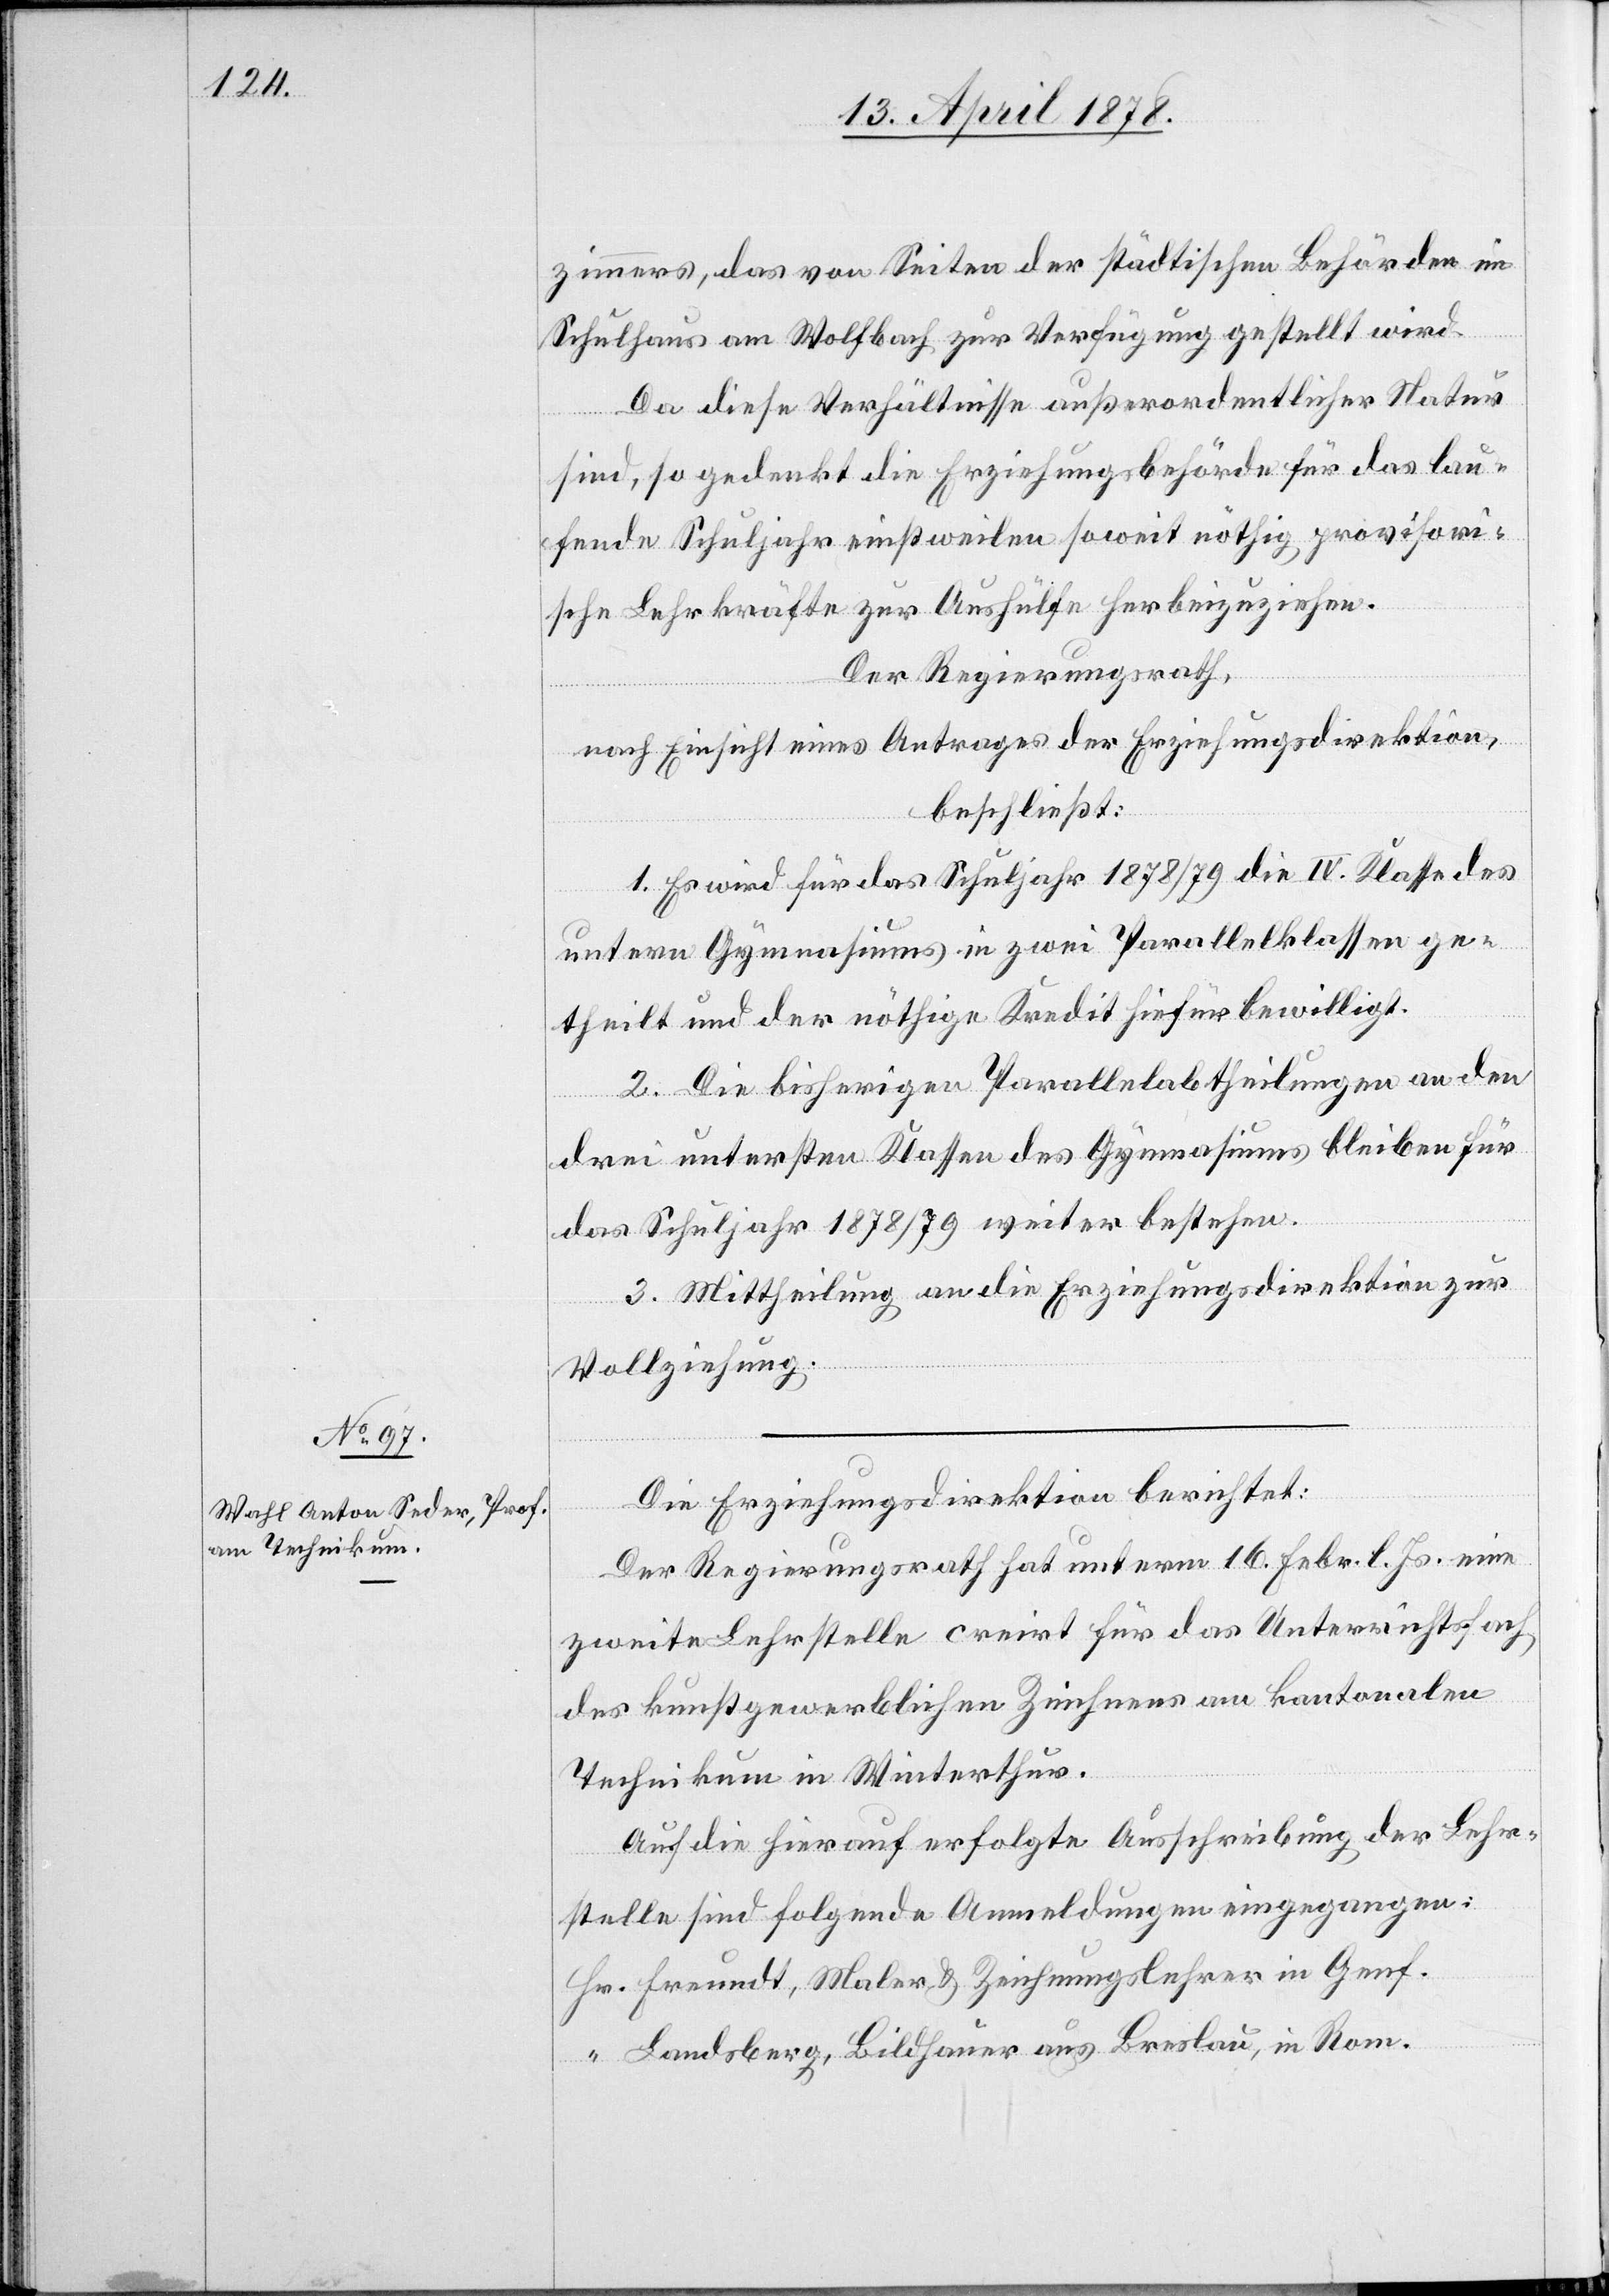
zimmers, das von Seiten der städtischen Behörden im
Schulhaus am Wolfbach zur Verfügung gestellt wird.
Da diese Verhältnisse außerordentlicher Statur
sind, so gedenkt die Erziehungsbehörde für das lau¬
fende Schuljahr einstweilen soweit nöthig provisori¬
sche Lehrkräfte zur Aushülfe herbeizuziehen.
Der Regierungsrath,
nach Einsicht eines Antrages der Erziehungsdirektion,
beschließt:
1. Es wird für das Schuljahr 1878/79 die IV. Klasse des
untern Gymnasiums in zwei Parallelklassen ge¬
theilt und der nöthige Kredit hiefür bewilligt.
2. Die bisherigen Parallelabtheilungen an den
drei untersten Klassen des Gymnasiums bleiben für
das Schuljahr 1878/79 weiter bestehen.
3. Mittheilung an die Erziehungsdirektion zur
Vollziehung.
Die Erziehungsdirektion berichtet:
Der Regierungsrath hat unterm 16. Febr. l. Js. eine
zweite Lehrstelle creirt für das Unterrichtsfach
des kunstgewerblichen Zeichnens am kantonalen
Technikum in Winterthur.
Auf die hierauf erfolgte Ausschreibung der Lehr¬
stelle sind folgende Anmeldungen eingegangen:
Hr. Freundt, Maler & Zeichnungslehrer in Genf.
“ Landsberg, Bildhauer aus Breslau, in Rom.